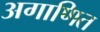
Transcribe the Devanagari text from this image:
अगाणित